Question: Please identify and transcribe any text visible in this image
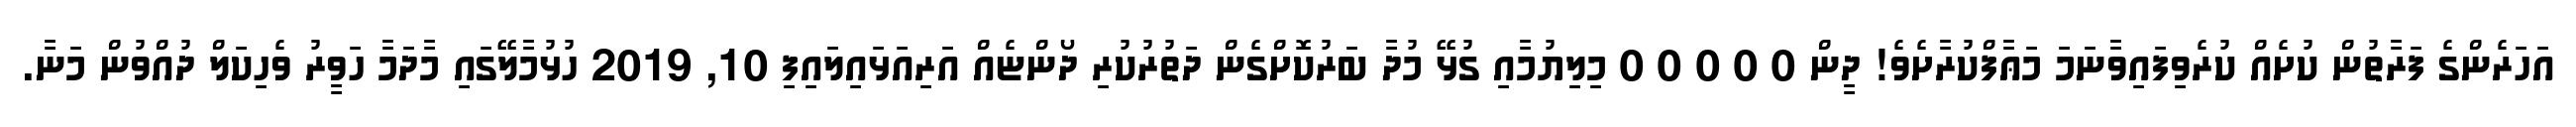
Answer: އަހަރެންގެ ފަރާތުން ކުށެއް ކުރެވިފައިވާނަމަ މަޢާފްކުރާށެވެ! ދީން 0 0 0 0 0 މިލިޔުމާއި ގުޅޭ މުދާ ބަރުކޮށްގެން ދަތުރުކުރި ދޯންޏެއް އަރިއަޅައިލައިފި 10, 2019 ހުޅުމާލޭގައި މާދަމާ ހަވީރު ވެހިކަލް ދުއްވުން މަނާ.